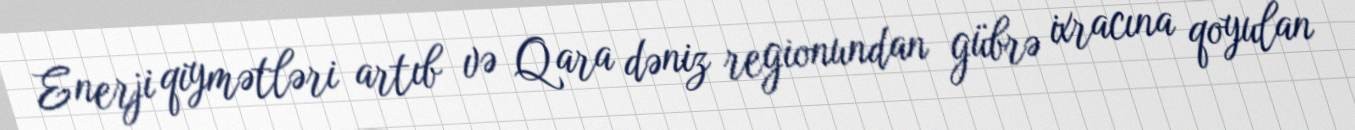
Enerji qiymətləri artıb və Qara dəniz regionundan gübrə ixracına qoyulan